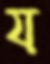
য